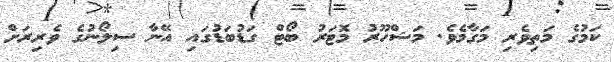
ކަމުގެ މަތިވެރި މަގާމެވެ. މަޝްހޫރު މޮޓަރު ބޯޓް ގަޑުބަޑުގައި އޭނާ ސިލޯނުގެ ވެރިރަށް